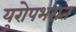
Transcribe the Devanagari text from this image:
युरोपभरात